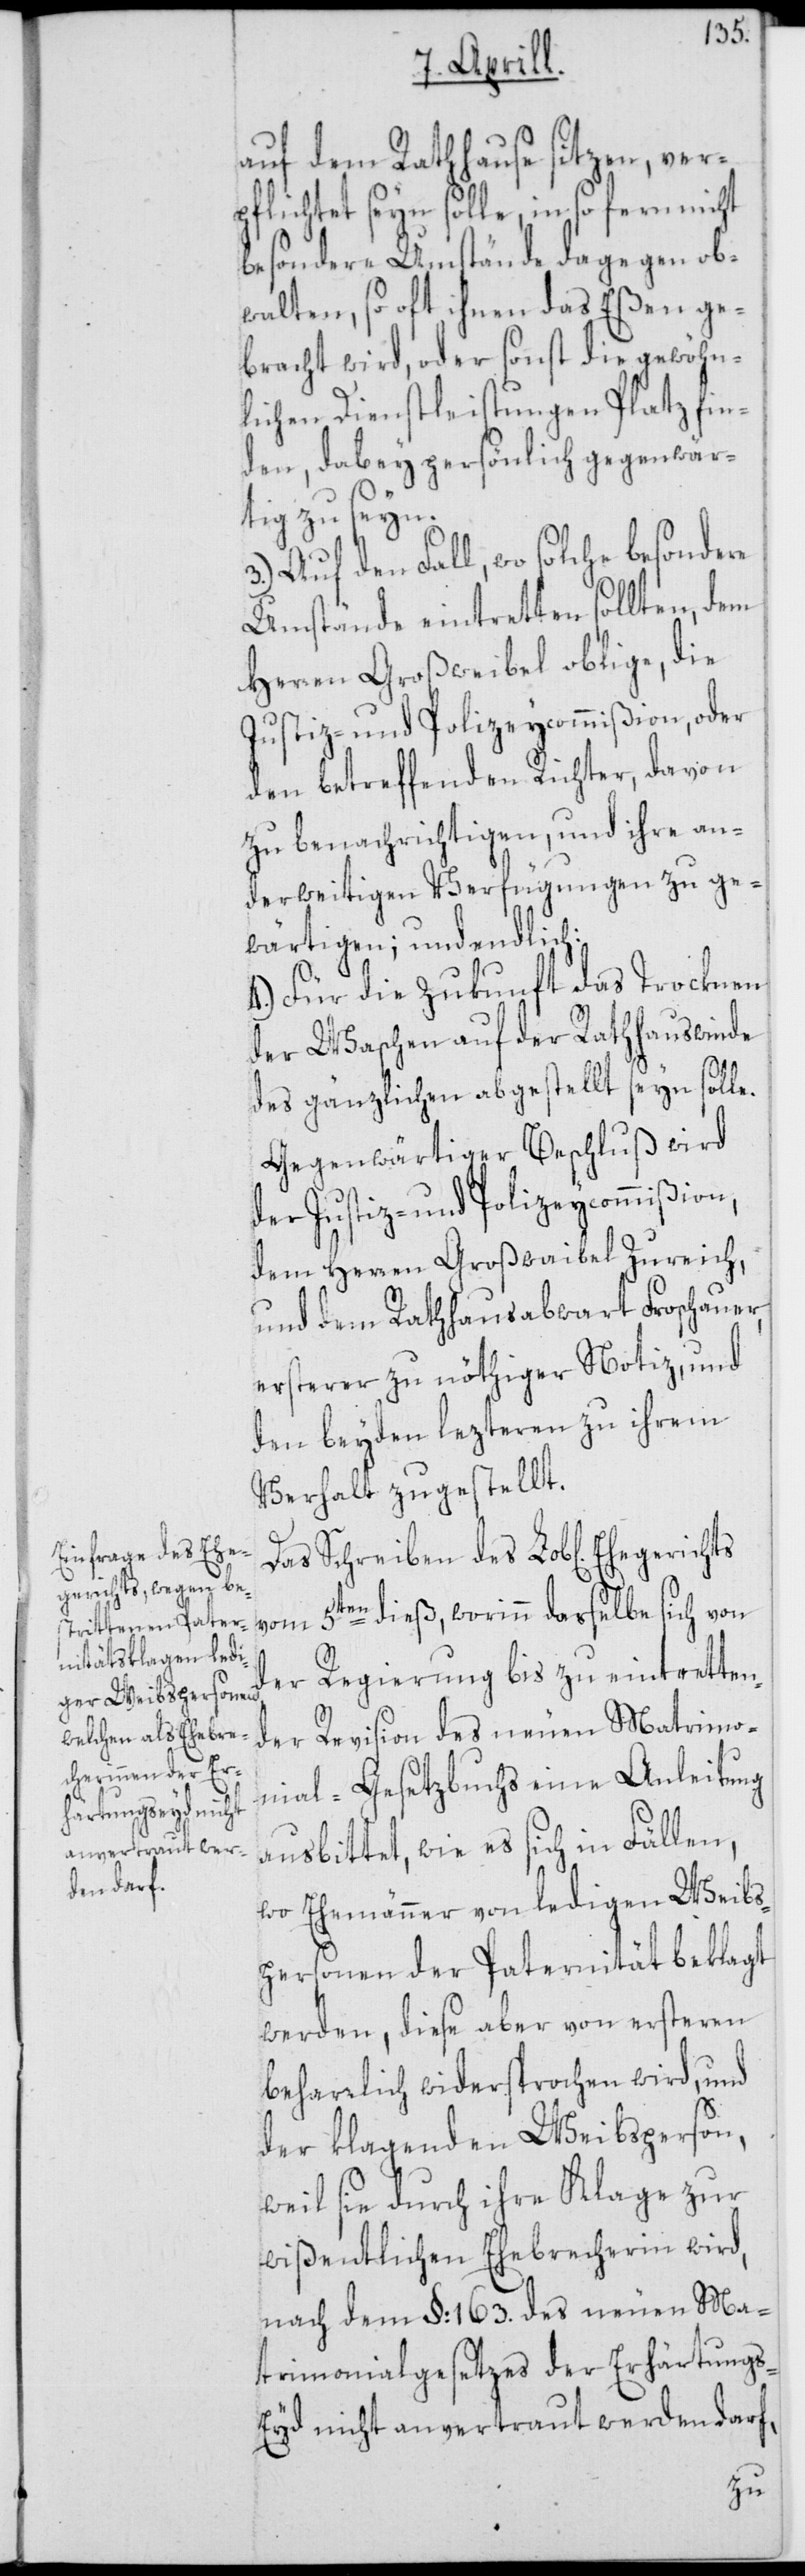
auf dem Rathhause sitzen, ver¬
pflichtet seyn solle, in so fern nicht
besondere Umstände dagegen ob¬
walten, so oft ihnen das Eßen ge¬
bracht wird, oder sonst die gewöhn¬
lichen Dienstleistungen Platz fin¬
den, dabey persönlich gegenwär¬
tig zu seyn.
3.) Auf den Fall, wo solche besondere
Umstände eintretten sollten, dem
Herren Großweibel oblige, die
Justiz- und Polizeycommißion, oder
den betreffenden Richter, davon
zu benachrichtigen, und ihre an¬
derweitigen Verfügungen zu ge¬
wärtigen; und endlich:
4.) für die Zukunft das Trocknen
der Waschen auf der Rathhauswinde
des gänzlichen abgestellt seyn solle.
Gegenwärtiger Beschluß wird
der Justiz- und Polizeycommißion,
dem Herren Großwaibel Zureich,
und dem Rathhausabwart Froschauer,
ersterer zu nöthiger Notiz, und
den beyden lezteren zu ihrem
Verhalt zugestellt.
Das Schreiben des Lob[lichen]
5ten dieß, worinn dasselbe sich von
der Regierung bis zu eintretten¬
der Revision des neuen Matrimo¬
nial-Gesetzbuchs eine Anleitung
ausbittet, wie es sich in Fällen,
wo Ehemänner von ledigen Weibs¬
personen der Paternität beklagt
werden, diese aber von ersteren
beharrlich widersprochen wird, und
der klagenden Weibsperson,
weil sie durch ihre Klage zur
wißentlichen Ehebrecherin wird,
nach dem §: 163. des neuen Ma¬
trimonialgesetzes der Erhärtung¬
s-Eyd nicht anvertraut werden darf,